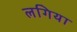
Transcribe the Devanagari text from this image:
लगिया